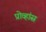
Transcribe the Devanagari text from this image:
प्रोव्हांस